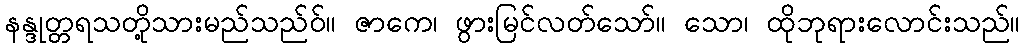
နန္ဒုတ္တရသတို့သားမည်သည်ဝ်။ ဇာကေ၊ ဖွားမြင်လတ်သော်။ သော၊ ထိုဘုရားလောင်းသည်။